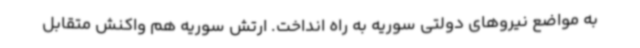
به مواضع نیروهای دولتی سوریه به راه انداخت. ارتش سوریه هم واکنش متقابل